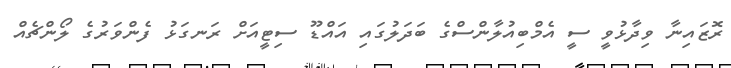
ރޮޒައިނާ ވިދާޅުވީ ސީ އެމްބިއުލާންސްގެ ބަދަލުގައި އައްޑޫ ސިޓީއަށް ރަނގަޅު ފެންވަރުގެ ލޯންޗެއް